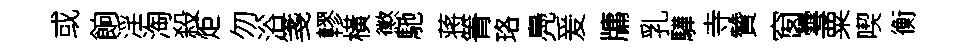
或餉淫淘殺炬勿浴箋轇橫懲馳蒋箐珞鳧爰牗乳驊寺贊窗雩粟喫衡